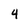
Character: 4